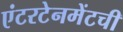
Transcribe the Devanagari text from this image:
एंटरटेनमेंटची